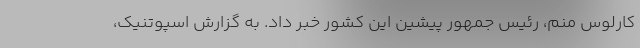
کارلوس منم، رئیس جمهور پیشین این کشور خبر داد. به گزارش اسپوتنیک،